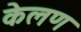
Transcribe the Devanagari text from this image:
केलण